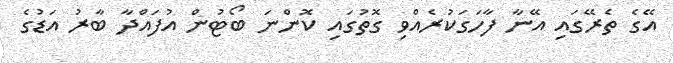
އޭގެ ތެރޭގައި އޭނާ ފާހަގަކުރެއްވި ގޮތުގައި ކޮންނަ ބޯޓުން އުފައްދާ ބާރު އަޑުގެ